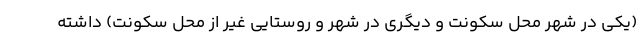
(یکی در شهر محل سکونت و دیگری در شهر و روستایی غیر از محل سکونت) داشته